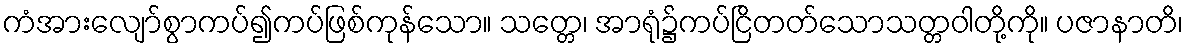
ကံအားလျော်စွာကပ်၍ကပ်ဖြစ်ကုန်သော။ သတ္တေ၊ အာရုံ၌ကပ်ငြိတတ်သောသတ္တဝါတို့ကို။ ပဇာနာတိ၊